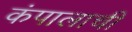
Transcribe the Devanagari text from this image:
कंपालाची